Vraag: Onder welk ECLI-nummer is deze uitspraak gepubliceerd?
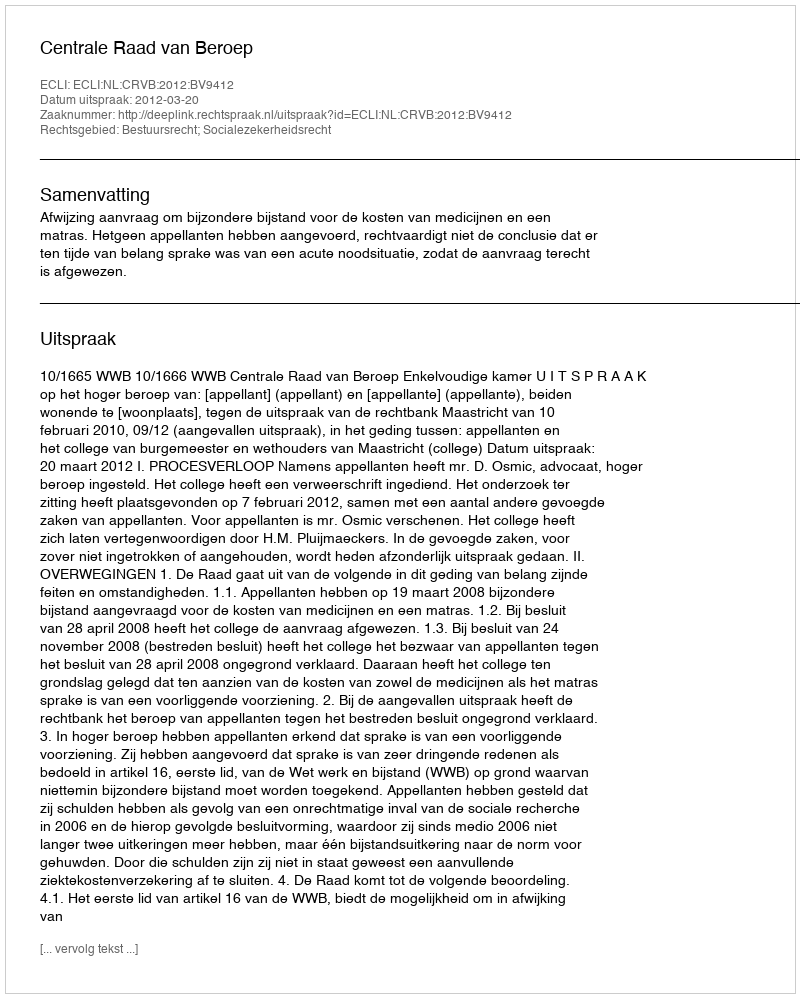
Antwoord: ECLI:NL:CRVB:2012:BV9412